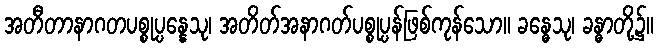
အတီတာနာဂတပစ္စုပ္ပန္နေသု၊ အတိတ်အနာဂတ်ပစ္စုပ္ပန်ဖြစ်ကုန်သော။ ခန္ဓေသု၊ ခန္ဓာတို့၌။